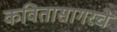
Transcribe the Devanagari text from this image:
कवितासागरचे